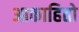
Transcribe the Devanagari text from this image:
आकाहितो